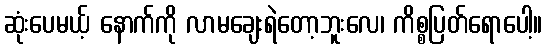
ဆုံးပေမယ့် နောက်ကို လာမချေးရဲတော့ဘူးလေ၊ ကိစ္စပြတ်ရောပေါ့။